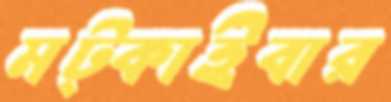
মট্‌কাইবার